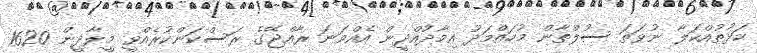
ކަޅުތުއްކަލާ ނުވަތަ ސުލްތާން މުހައްމަދު އިމާދުއްދީން އެއްވަނަ ރާއްޖޭގެ ރަސްކަންކުރެއްވީ މީލާދީން 1620